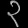
Digit: ၃